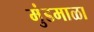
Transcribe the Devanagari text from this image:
मुंडमाळा